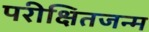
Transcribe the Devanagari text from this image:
परीक्षितजन्म